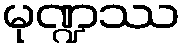
မုဏ္ဍဿ